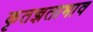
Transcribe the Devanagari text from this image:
कृतज्ञताभाव